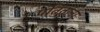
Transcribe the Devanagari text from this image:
पतितांना